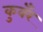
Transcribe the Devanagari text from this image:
कुवँर